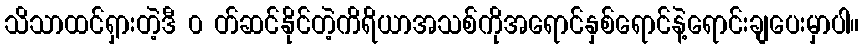
သိသာထင်ရှားတဲ့ဒီ ၀ တ်ဆင်နိုင်တဲ့ကိရိယာအသစ်ကိုအရောင်နှစ်ရောင်နဲ့ရောင်းချပေးမှာပါ။